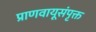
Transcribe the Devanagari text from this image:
प्राणवायूसंपृक्त